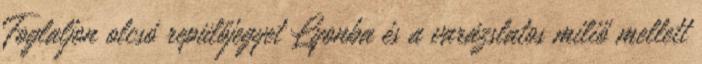
Foglaljon olcsó repülőjegyet Lyonba és a varázslatos miliő mellett